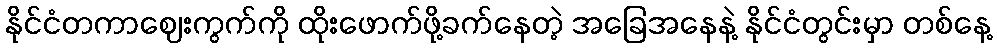
နိုင်ငံတကာဈေးကွက်ကို ထိုးဖောက်ဖို့ခက်နေတဲ့ အခြေအနေနဲ့ နိုင်ငံတွင်းမှာ တစ်နေ့